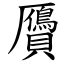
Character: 贗